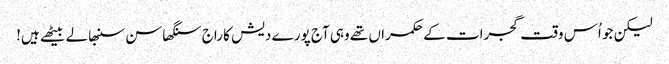
لیکن جو اُس وقت گجرات کے حکمراں تھے وہی آج پورے دیش کا راج سنگھاسن سنبھالے بیٹھے ہیں!